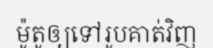
ម៉ូតូឲ្យទៅរូបគាត់វិញ